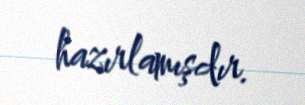
hazırlamışdır.